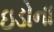
ઇડોના